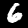
Digit: 6